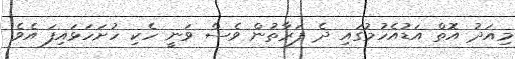
މިއަދު އޮތް އަޑުއެހުމުގައި ދެ ފަރާތުން ވެސް ވަނީ ހެކި ހުށަހަޅައިފަ އެވެ.